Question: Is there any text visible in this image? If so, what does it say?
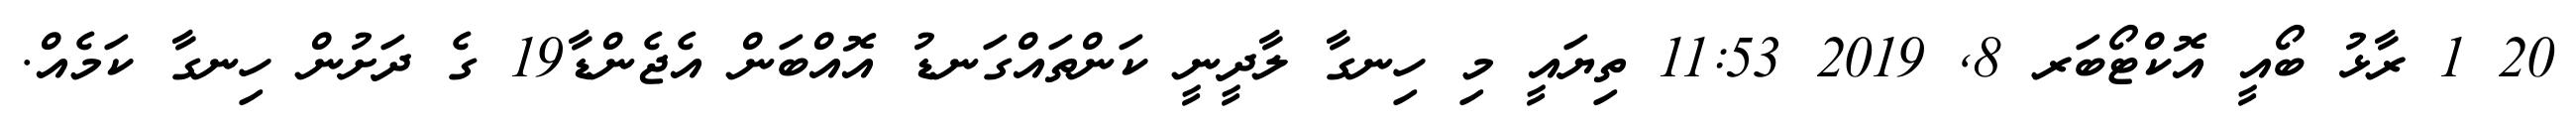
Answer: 20 1 ރާޅު ބޯއީ އޮކްޓޯބަރ 8, 2019 11:53 ތިޔައީ މި ހިނގާ ލާދީނީ ކަންތައްގަނޑު އޮއްބަން އެޖެންޑާ19 ގެ ދަށުން ހިނގާ ކަމެއް.